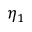
\eta _ { 1 }